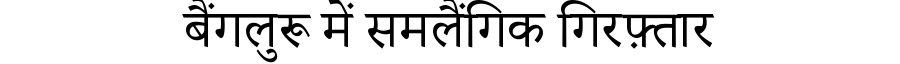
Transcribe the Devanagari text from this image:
बैंगलुरू में समलैंगिक गिरफ़्तार